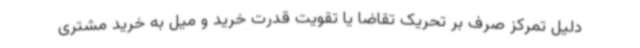
دلیل تمرکز صرف بر تحریک تقاضا یا تقویت قدرت خرید و میل به خرید مشتری